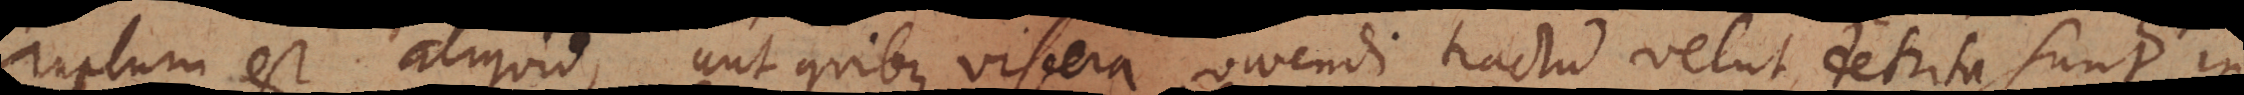
ruptum est aliquid, aut quibus viscera vivendi tractu velut detrita sunt in